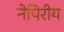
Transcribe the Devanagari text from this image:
नेपिरीय